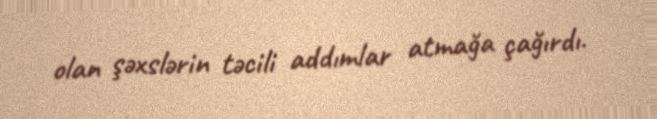
olan şəxslərin təcili addımlar atmağa çağırdı.